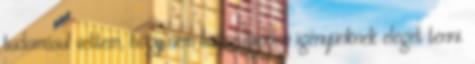
tudomásul vettem, hogy nem tudsz minden igényünknek eleget tenni.